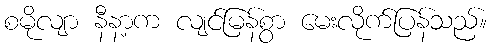
စမိုလျာ နီနာ့က လျင်မြန်စွာ မေးလိုက်ပြန်သည်။